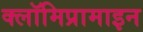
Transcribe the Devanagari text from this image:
क्लॉमिप्रामाइन